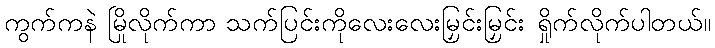
ကွက်ကနဲ မြိုလိုက်ကာ သက်ပြင်းကိုလေးလေးမြှင်းမြှင်း ရှိုက်လိုက်ပါတယ်။